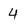
Character: 4